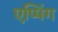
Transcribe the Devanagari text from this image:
एप्पिंग